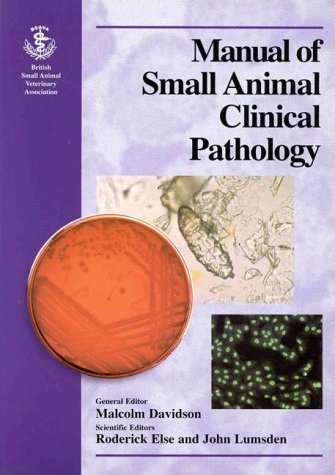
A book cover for Manual of Small Animal Clinical Pathology; null l; Medical Books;